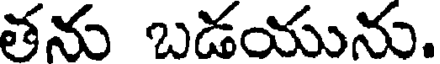
తను బడయును.